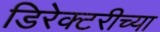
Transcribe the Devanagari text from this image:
डिरेक्टरीच्या